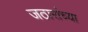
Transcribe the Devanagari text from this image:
जठारांच्या